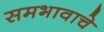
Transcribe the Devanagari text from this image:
समभावाचे